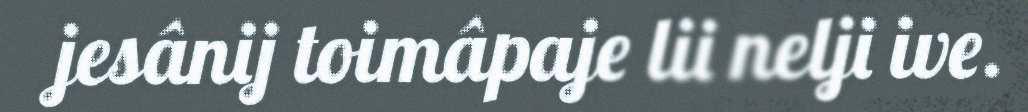
jesânij toimâpaje lii nelji ive.